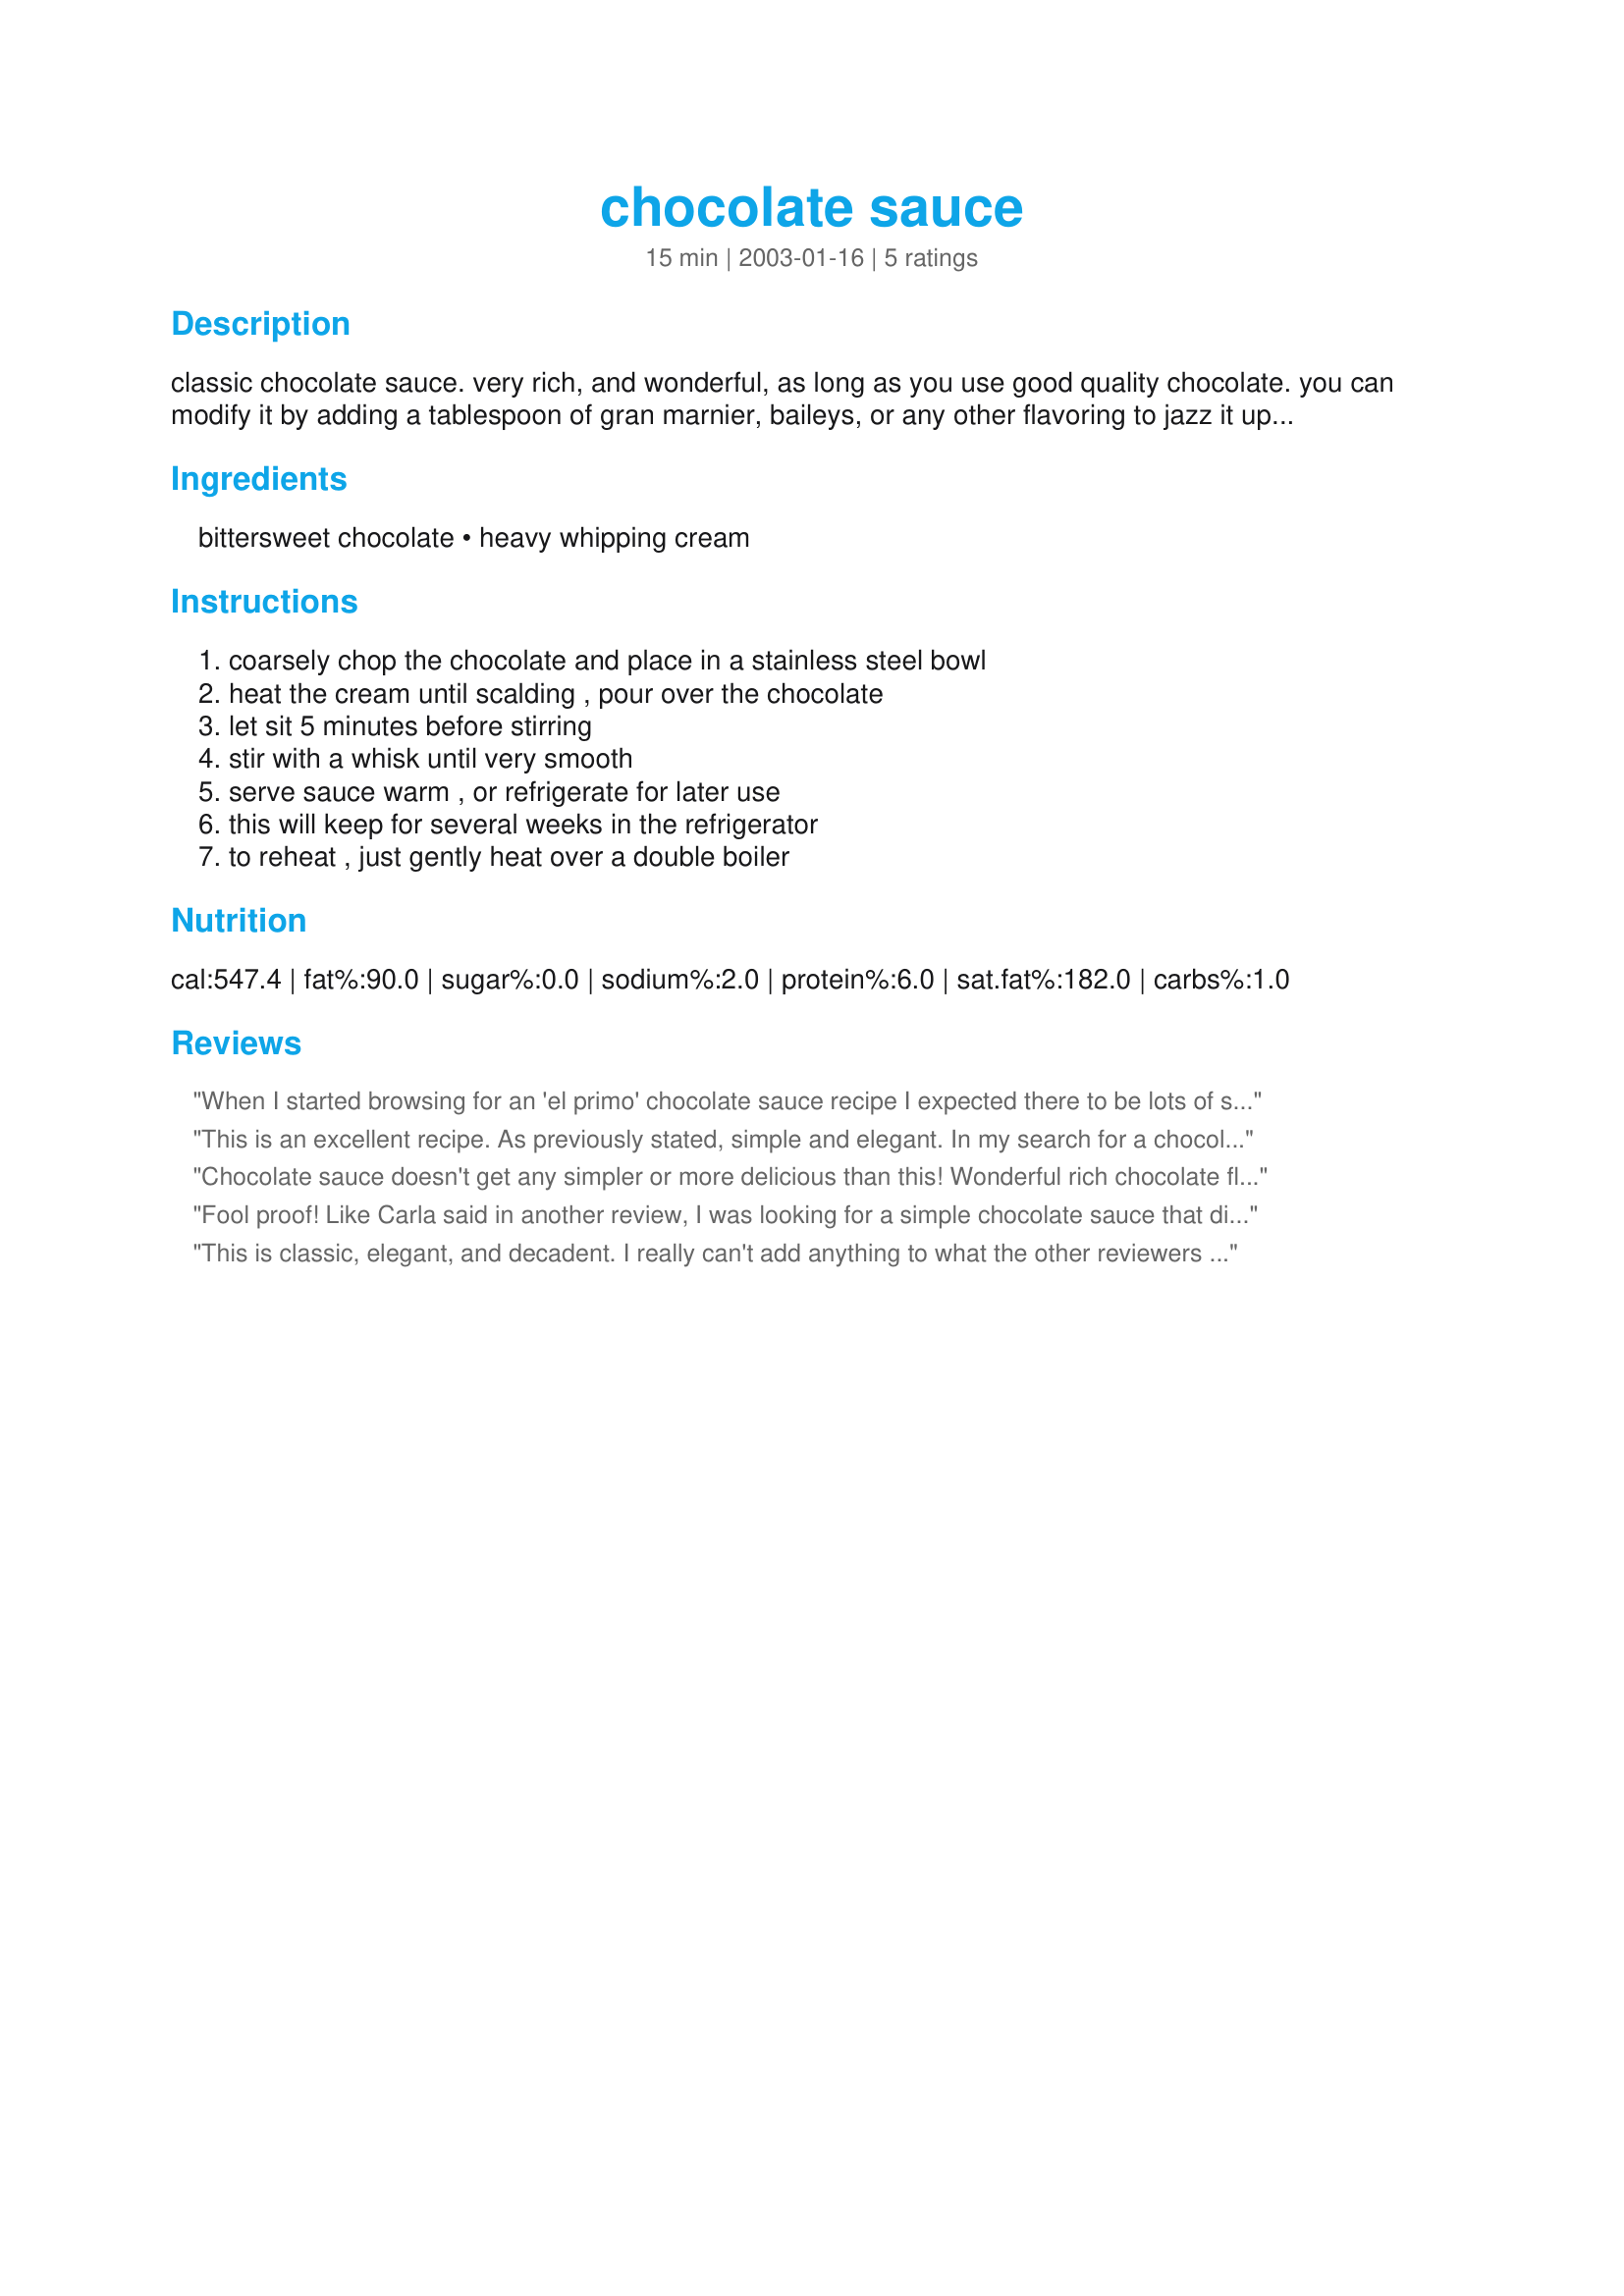
chocolate sauce
Preparation time: 15 minutes

classic chocolate sauce. very rich, and wonderful, as long as you use good quality chocolate. you can modify it by adding a tablespoon of gran marnier, baileys, or any other flavoring to jazz it up a bit.

Ingredients:
bittersweet chocolate, heavy whipping cream

Steps:
coarsely chop the chocolate and place in a stainless steel bowl, heat the cream until scalding , pour over the chocolate, let sit 5 minutes before stirring, stir with a whisk until very smooth, serve sauce warm , or refrigerate for later use, this will keep for several weeks in the refrigerator, to reheat , just gently heat over a double boiler

Reviews:
When I started browsing for an 'el primo' chocolate sauce recipe I expected there to be lots of steps, multiple ingrediants, double boilers etc etc...
This is so easy and is the perfect ratio of cream to chocolate so the sauce comes out kind of fudgy. Thanks for making me look like an expert with so little effort.
I served it on good quality vanilla ice cream which I had mixed through with crushed up honeycomb bars. 
Reaheats really well in the microwave.
This is an excellent recipe. As previously stated, simple and elegant.
In my search for a chocolate sauce I was hard pressed to find a recipe that didn't ask for butter, salt, vanilla, water or corn syrup.. basically everything but Chocolate!
I used Callebaut Belgian Dessert Chocolate as I consider it to be one of the best. You can also add a bit of Godiva Chocolate Liqor to this sauce for a more sophisticated flavor.
Chocolate sauce doesn't get any simpler or more delicious than this! Wonderful rich chocolate flavor; very versatile. I keep a batch in my fridge and use it for all kinds of desserts. Thanks, PetitFour!
Fool proof! Like Carla said in another review, I was looking for a simple chocolate sauce that didn't require a lot of ingredients. I used this for a dessert fondue sauce and it was delicious.
This is classic, elegant, and decadent. I really can't add anything to what the other reviewers have said. It's simply superb. (We've served it over chocolate crepes [Recipe #19101] with bananas, with pears, with strawberries... as well as over ice cream and cake.)
